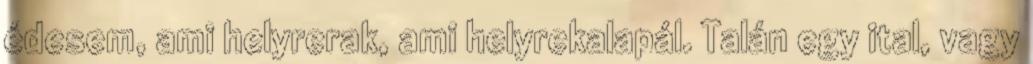
édesem, ami helyrerak, ami helyrekalapál. Talán egy ital, vagy